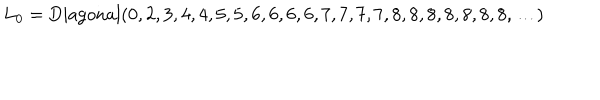
L _ { 0 } = \mathrm { D i a g o n a l } ( 0 , 2 , 3 , 4 , 4 , 5 , 5 , 6 , 6 , 6 , 6 , 7 , 7 , 7 , 7 , 8 , 8 , 8 , 8 , 8 , 8 , 8 , \ldots )